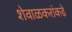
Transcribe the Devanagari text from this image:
शेवाळकरांकडे